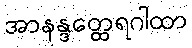
အာနန္ဒတ္ထေရဂါထာ